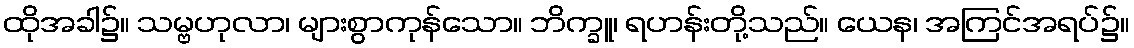
ထိုအခါ၌။ သမ္ဗဟုလာ၊ များစွာကုန်သော။ ဘိက္ခူ၊ ရဟန်းတို့သည်။ ယေန၊ အကြင်အရပ်၌။